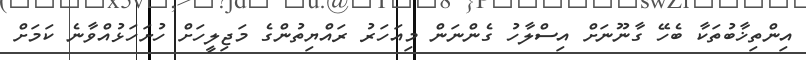
އިންތިޚާބުތަކާ ބެހޭ ގާނޫނަށް އިސްލާހު ގެންނަން މިއަހަރު ރައްޔިތުންގެ މަޖިލީހަށް ހުށަހަޅުއްވާނެ ކަމަށް